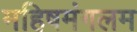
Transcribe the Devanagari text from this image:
महिषमंगलम